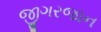
જીગરજાન